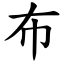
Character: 布